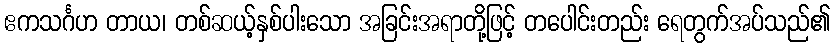
ဧကသင်္ဂဟ တာယ၊ တစ်ဆယ့်နှစ်ပါးသော အခြင်းအရာတို့ဖြင့် တပေါင်းတည်း ရေတွက်အပ်သည်၏